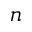
n